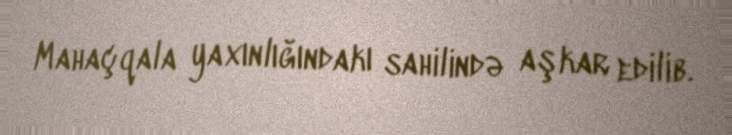
Mahaçqala yaxınlığındakı sahilində aşkar edilib.